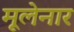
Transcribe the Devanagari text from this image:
मूलेनार